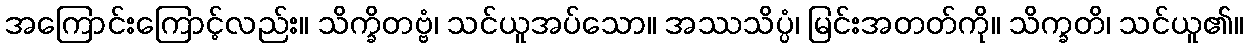
အကြောင်းကြောင့်လည်း။ သိက္ခိတဗ္ဗံ၊ သင်ယူအပ်သော။ အဿသိပ္ပံ၊ မြင်းအတတ်ကို။ သိက္ခတိ၊ သင်ယူ၏။